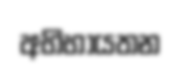
අභිභායතන